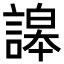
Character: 䜂